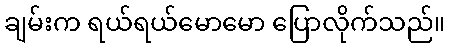
ချမ်းက ရယ်ရယ်မောမော ပြောလိုက်သည်။